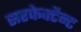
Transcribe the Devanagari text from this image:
सरफेक्टैन्ट